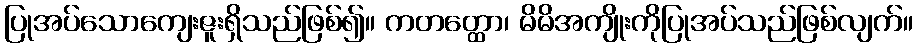
ပြုအပ်သောကျေးဇူးရှိသည်ဖြစ်၍။ ကတတ္ထော၊ မိမိအကျိုးကိုပြုအပ်သည်ဖြစ်လျက်။